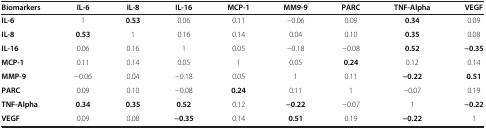
| Biomarkers | IL-6 | IL-8 | IL-16 | MCP-1 | MM9-9 | PARC | TNF-Alpha | VEGF |
 | --- | --- | --- | --- | --- | --- | --- | --- | --- |
 | IL-6 | 1 | 0.53 | 0.06 | 0.11 | −0.06 | 0.09 | 0.34 | 0.09 |
 | IL-8 | 0.53 | 1 | 0.16 | 0.14 | 0.04 | 0.10 | 0.35 | 0.08 |
 | IL-16 | 0.06 | 0.16 | 1 | 0.05 | −0.18 | −0.08 | 0.52 | −0.35 |
 | MCP-1 | 0.11 | 0.14 | 0.05 | 1 | 0.05 | 0.24 | 0.12 | 0.14 |
 | MMP-9 | −0.06 | 0.04 | −0.18 | 0.05 | 1 | 0.11 | −0.22 | 0.51 |
 | PARC | 0.09 | 0.10 | −0.08 | 0.24 | 0.11 | 1 | −0.07 | 0.19 |
 | TNF-Alpha | 0.34 | 0.35 | 0.52 | 0.12 | −0.22 | −0.07 | 1 | −0.22 |
 | VEGF | 0.09 | 0.08 | −0.35 | 0.14 | 0.51 | 0.19 | −0.22 | 1 |